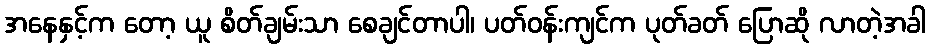
အနေနှင့်က တော့ ယူ စိတ်ချမ်းသာ စေချင်တာပါ၊ ပတ်ဝန်းကျင်က ပုတ်ခတ် ပြောဆို လာတဲ့အခါ